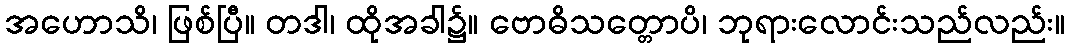
အဟောသိ၊ ဖြစ်ပြီ။ တဒါ၊ ထိုအခါ၌။ ဗောဓိသတ္တောပိ၊ ဘုရားလောင်းသည်လည်း။